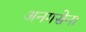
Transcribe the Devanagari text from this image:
अनगसेना